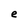
Character: e